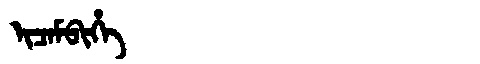
Manchu: ᡳᠴᠠᠮᠪᡳᡥᡝ
Romanization: ICAMBIHE